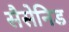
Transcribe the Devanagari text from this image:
सैसेनिड